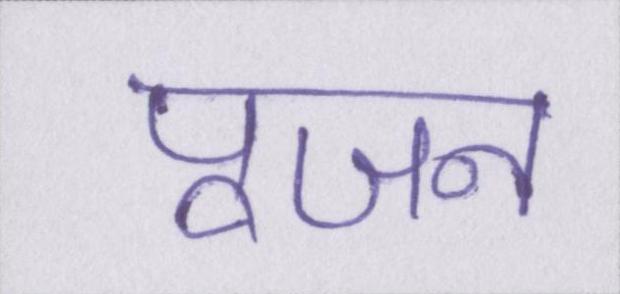
पूजन